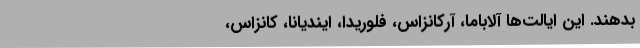
بدهند. این ایالت‌ها آلاباما، آرکانزاس، فلوریدا، ایندیانا، کانزاس،